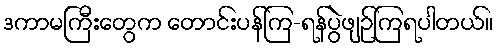
ဒကာမကြီးတွေက တောင်းပန်ကြ-ရန်ပွဲဖျဉ်ကြရပါတယ်။